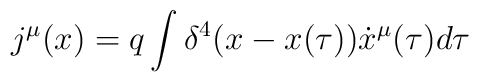
j^{\mu}(x)=q\int{\delta^4(x-x(\tau))\dot{x}^{\mu}(\tau)d\tau}